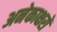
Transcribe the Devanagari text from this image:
अनेकाक्षरों